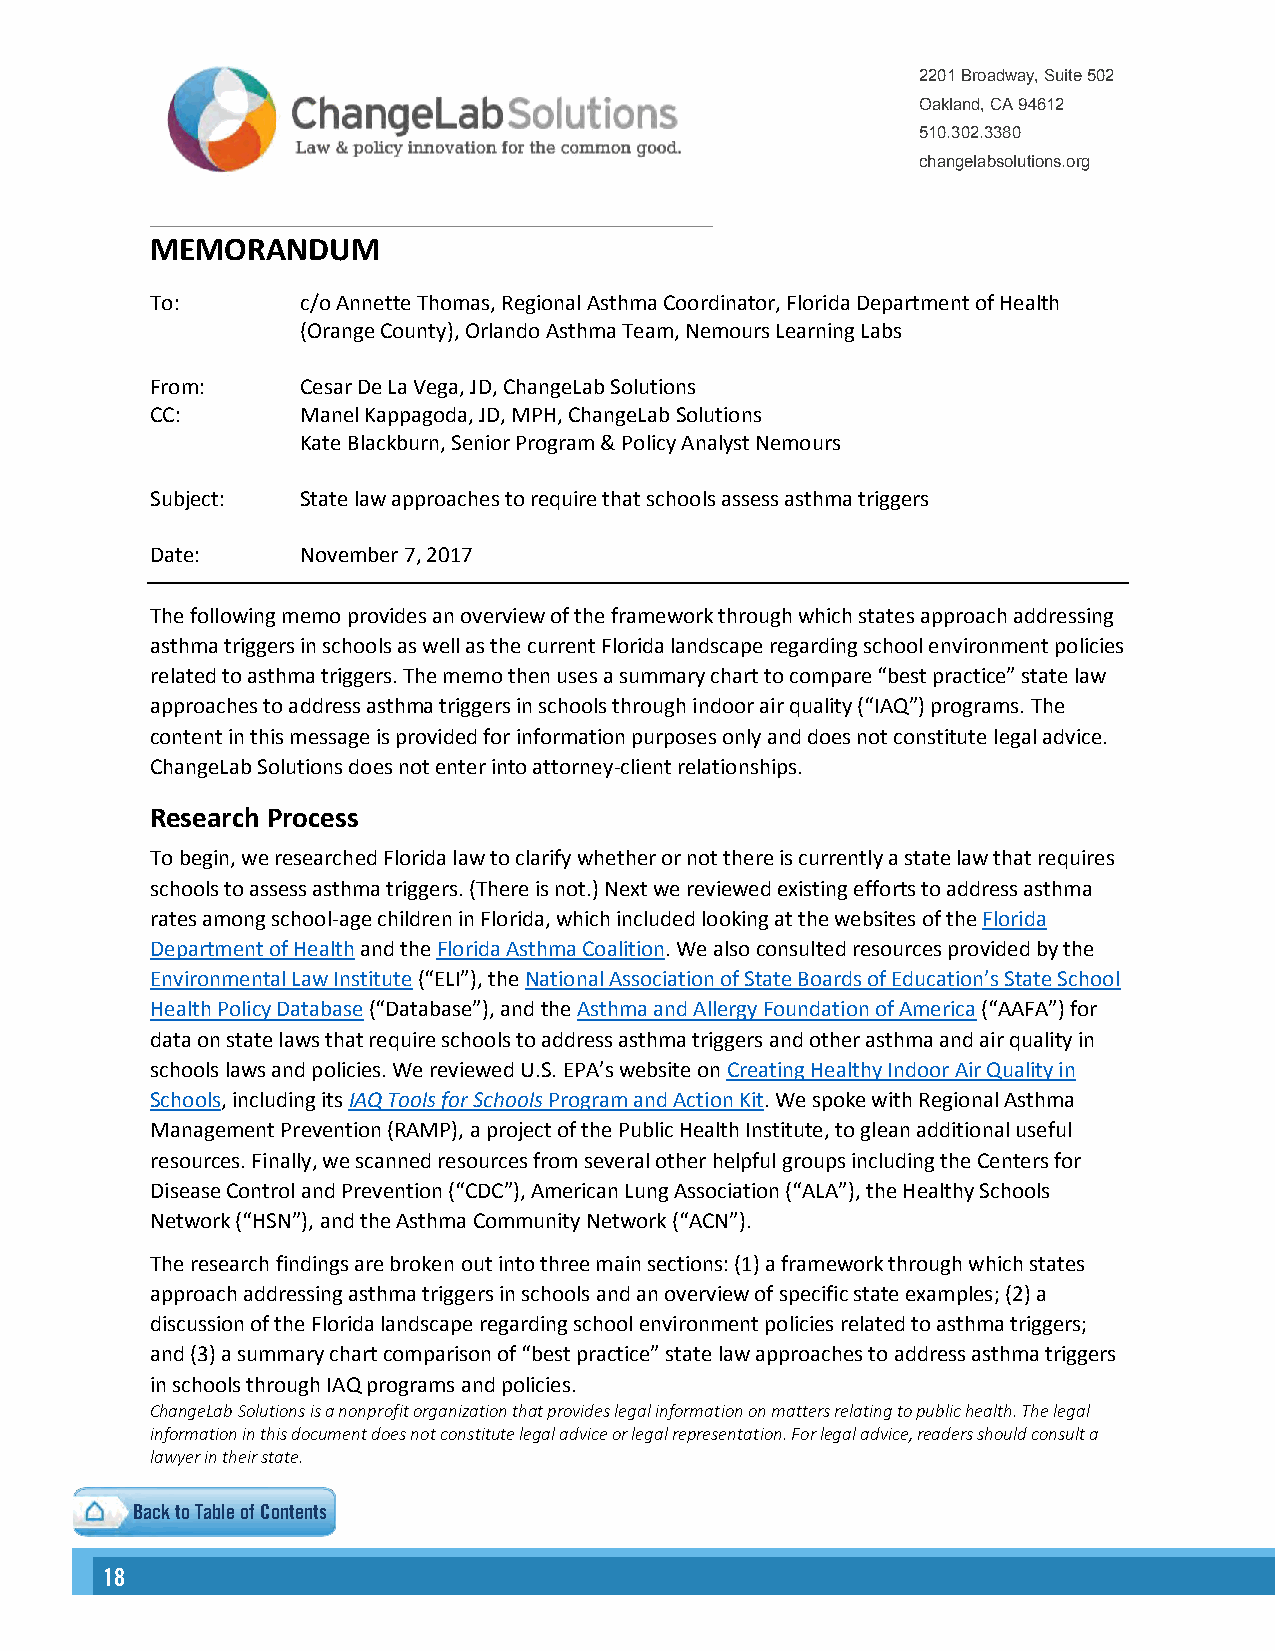
2201 Broadway, Suite 502
 Oakland, CA 94612
 510.302.3380
 changelabsolutions.org
 MEMORANDUM
 To:       c/o Annette Thomas, Regional Asthma Coordinator, Florida Department of Health
 (Orange County), Orlando Asthma Team, Nemours Learning Labs
 From:     Cesar De La Vega, JD, ChangeLab Solutions
 CC:       Manel Kappagoda, JD, MPH, ChangeLab Solutions
 Kate Blackburn, Senior Program & Policy Analyst Nemours
 Subject:  State law approaches to require that schools assess asthma triggers
 Date:     November 7, 2017
 The following memo provides an overview of the framework through which states approach addressing
 asthma triggers in schools as well as the current Florida landscape regarding school environment policies
 related to asthma triggers. The memo then uses a summary chart to compare “best practice” state law
 approaches to address asthma triggers in schools through indoor air quality (“IAQ”) programs. The
 content in this message is provided for information purposes only and does not constitute legal advice.
 ChangeLab Solutions does not enter into attorney-client relationships.
 Research Process
 To begin, we researched Florida law to clarify whether or not there is currently a state law that requires
 schools to assess asthma triggers. (There is not.) Next we reviewed existing efforts to address asthma
 rates among school-age children in Florida, which included looking at the websites of the Florida
 Department of Health and the Florida Asthma Coalition. We also consulted resources provided by the
 Environmental Law Institute (“ELI”), the National Association of State Boards of Education’s State School
 Health Policy Database (“Database”), and the Asthma and Allergy Foundation of America (“AAFA”) for
 data on state laws that require schools to address asthma triggers and other asthma and air quality in
 schools laws and policies. We reviewed U.S. EPA’s website on Creating Healthy Indoor Air Quality in
 Schools, including its IAQ Tools for Schools Program and Action Kit. We spoke with Regional Asthma
 Management Prevention (RAMP), a project of the Public Health Institute, to glean additional useful
 resources. Finally, we scanned resources from several other helpful groups including the Centers for
 Disease Control and Prevention (“CDC”), American Lung Association (“ALA”), the Healthy Schools
 Network (“HSN”), and the Asthma Community Network (“ACN”).
 The research findings are broken out into three main sections: (1) a framework through which states
 approach addressing asthma triggers in schools and an overview of specific state examples; (2) a
 discussion of the Florida landscape regarding school environment policies related to asthma triggers;
 and (3) a summary chart comparison of “best practice” state law approaches to address asthma triggers
 in schools through IAQ programs and policies.
 ChangeLab Solutions is a nonprofit organization that provides legal information on matters relating to public health. The legal
 information in this document does not constitute legal advice or legal representation. For legal advice, readers should consult a
 lawyer in their state.
 Back to Table of Contents
 18                                                                                                                                                        19
 Back to Table of Contents Back to Table of Contents